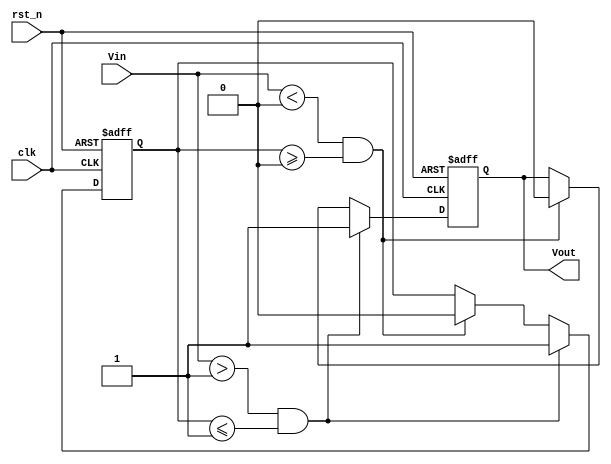
module SchmittTriggerEdgeDetector (
    input wire clk,          // Clock input
    input wire rst_n,       // Active low reset
    input wire Vin,         // Input signal
    output reg Vout         // Output signal
);

    // Parameters for threshold levels
    parameter Vth_high = 1'b1;  // Define your high threshold value
    parameter Vth_low  = 1'b0;   // Define your low threshold value

    // Internal state variable to store the last detected edge
    reg last_state; 

    always @(posedge clk or negedge rst_n) begin
        if (!rst_n) begin
            // Reset condition
            Vout <= 1'b0; 
            last_state <= 1'b0;
        end else begin
            // Edge detection logic
            if (Vin > Vth_high && last_state <= Vth_high) begin
                // Rising edge detected
                Vout <= 1'b1; 
                last_state <= 1'b1; // Update memory to reflect new state
            end else if (Vin < Vth_low && last_state >= Vth_low) begin
                // Falling edge detected
                Vout <= 1'b0; 
                last_state <= 1'b0; // Update memory to reflect new state
            end
            // If within hysteresis (Vin between Vth_low and Vth_high), hold the current state
        end
    end

endmodule